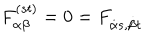
LaTeX: F _ { \alpha \beta } ^ { ( s t ) } = 0 = F _ { { \dot { \alpha } } s , { \dot { \beta } } t }